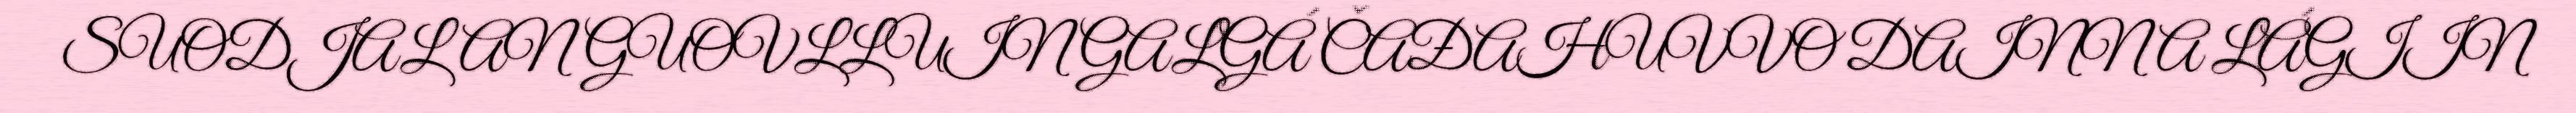
SUODJALANGUOVLLUIN GALGÁ ČAĐAHUVVO DAINNA LÁGIIN